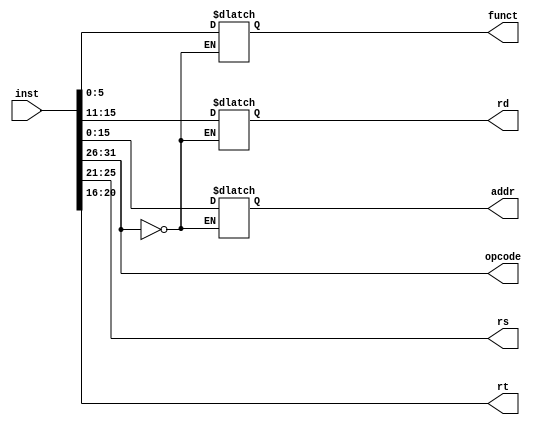
module Splitter(inst,opcode,rs,rt,rd,funct,addr); //divides instruction into opcode, registers, address, and function
input [31:0] inst;
output [5:0] opcode,funct;
output [4:0] rs, rt, rd;
output [15:0] addr; //can also be immediate for addi
reg [4:0] rs, rt, rd;
reg [5:0] funct;
reg [15:0] addr;

assign opcode = inst[31:26]; //used for testing opcode value

always @(inst)
begin
  
	if(inst[31:26]==6'b000000) //if opcode is 0, divide instruction into rs,rt,rd, and function code
	begin
	rs = inst[25:21];//opcode already assigned to 0
	rt = inst[20:16];
	rd = inst[15:11];
	funct = inst[5:0];
	end
	else //if opcode is not 0, divide instruction into rs,rt, and addr
	begin
	rs = inst[25:21]; //opcode already assigned from inst[31:26]
	rt = inst[20:16];
	addr = inst[15:0];
	end

end

endmodule